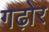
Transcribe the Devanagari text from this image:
गढ़ोर